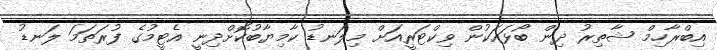
އިބްރާހިމް ޝާތިރު ދިން ބޯޅައަކުން ވިކްޓަރީއަށް މިލަނޑު ކާމިޔާބުކޮށްދިނީ އެޓީމުގެ ފުރަތަމަ ލަނޑު